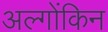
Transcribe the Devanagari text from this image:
अल्गोंकिन